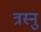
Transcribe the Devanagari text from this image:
त्रस्नु